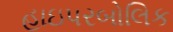
હાઇપરબોલિક